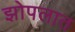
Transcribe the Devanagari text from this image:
झोपलात